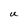
Character: U